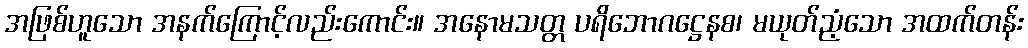
အဖြစ်ဟူသော အနက်ကြောင့်လည်းကောင်း။ အနောမသတ္တ ပရိဘောဂဋ္ဌေနစ၊ မယုတ်ညံ့သော အထက်တန်း